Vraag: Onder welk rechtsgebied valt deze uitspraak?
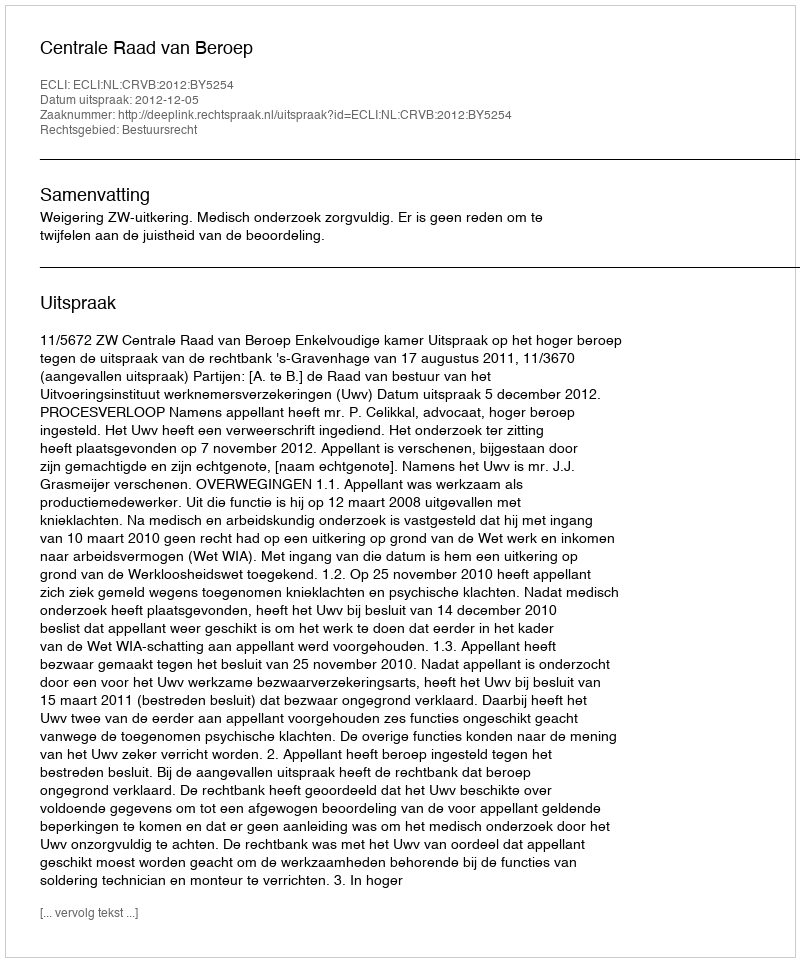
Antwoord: Bestuursrecht